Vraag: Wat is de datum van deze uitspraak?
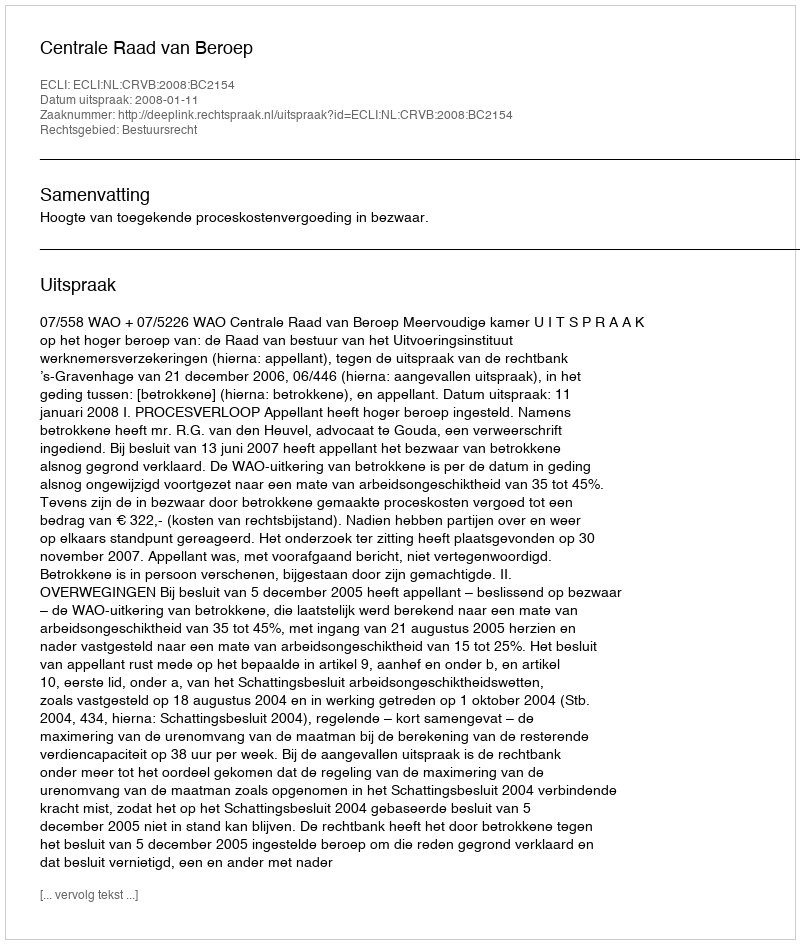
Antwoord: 2008-01-11